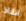
انقاذ